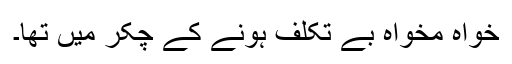
خواہ مخواہ بے تکلف ہونے کے چکر میں تھا۔